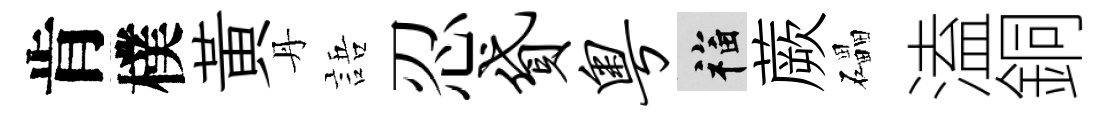
肯樸黄丹語忍贷粤福蕨礧溘銅